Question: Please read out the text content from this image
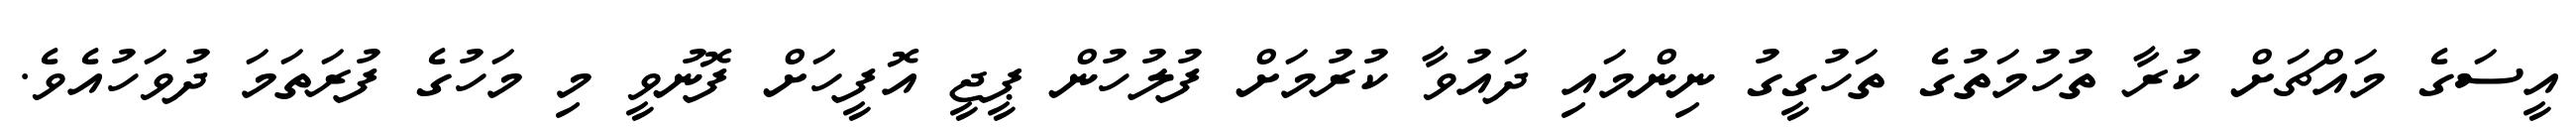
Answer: އީސަގެ މައްޗަށް ކުރާ ތުހުމަތުގެ ތަހުގީގު ނިންމައި ދައުވާ ކުރުމަށް ފުލުހުން ޕީޖީ އޮފީހަށް ފޮނުވީ މި މަހުގެ ފުރަތަމަ ދުވަހުއެވެ.